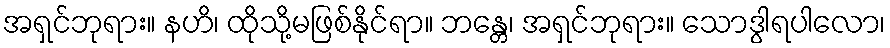
အရှင်ဘုရား။ နဟိ၊ ထိုသို့မဖြစ်နိုင်ရာ။ ဘန္တေ၊ အရှင်ဘုရား။ သောဒွါရပါလော၊